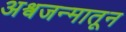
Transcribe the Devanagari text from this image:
अश्वजन्मातून